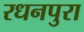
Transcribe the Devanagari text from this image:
रधनपुरा